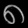
Digit: ၈